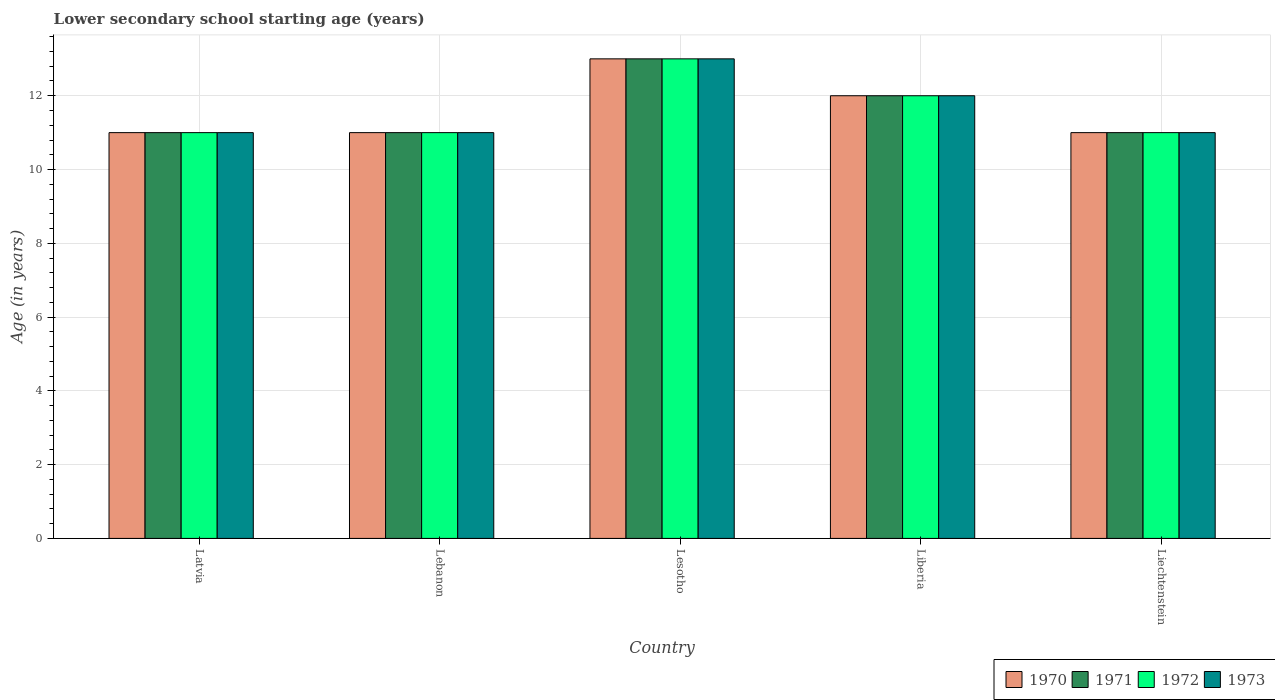
| Country | 1970 | 1971 | 1972 | 1973 |
 | --- | --- | --- | --- | --- |
 | Latvia | 11 | 11 | 11 | 11 |
 | Lebanon | 11 | 11 | 11 | 11 |
 | Lesotho | 13 | 13 | 13 | 13 |
 | Liberia | 12 | 12 | 12 | 12 |
 | Liechtenstein | 11 | 11 | 11 | 11 |